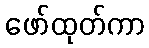
ဖော်ထုတ်ကာ